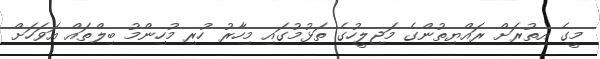
މީގެ އިތުރަށް ރައްޔިތުންގެ މަޖިލީހުގެ ތަޅުމުގައި މިހާރު ހުރި މުހިންމު ބިލްތައް އަވަހަށް